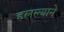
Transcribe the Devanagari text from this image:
हलल्याने